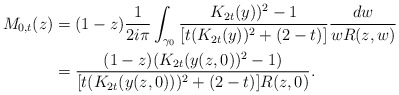
\begin{align*}M_{0,t}(z) &= (1-z) \frac{1}{2i\pi}\int_{\gamma_0} \frac{K_{2t}(y))^2-1}{[t(K_{2t}(y))^2 + (2-t)]}\frac{dw}{w R(z,w)}\\& = \frac{(1-z)(K_{2t}(y(z,0))^2-1)}{[t(K_{2t}(y(z,0)))^2 + (2-t)]R(z,0)}.\end{align*}